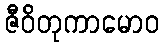
ဇီဝိတုကာမောဝ